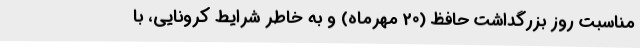
مناسبت روز بزرگداشت حافظ (20 مهرماه) و به خاطر شرایط کرونایی، با